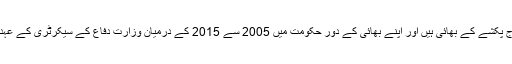
صدارتی الیکشن کے فاتح سابق لیفٹیننٹ کرنل گوتابایا را ج پکشے سابق صدر مہندا راج پکشے کے بھائی ہیں اور اپنے بھائی کے دور حکومت میں 2005 سے 2015 کے درمیان وزارت دفاع کے سیکرٹری کے عہدے پر بھی فائز رہے اور اس دوران تامل باغیوں کی سرکوبی میں اہم کردار ادا کیا تھا۔